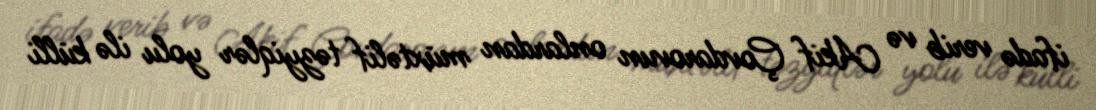
ifadə verib və Akif Çovdarovun onlardan müxtəlif təzyiqlər yolu ilə külli